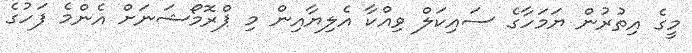
މީގެ އިތުރުން ޔަމަހާގެ ސައިކަލް ވިއްކާ އެލިޔާއިން މި ޕްރޮމޯޝަނަށް އެންމެ ފަހުގެ